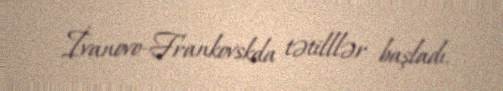
İvanovo-Frankovskda tətilllər başladı.